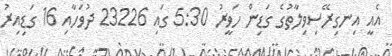
އެއީ އިނގިރޭސިވިލާތުގެ ގަޑިން ހަވީރު 5:30 ގައި 23226 ދުވަހާއި 16 ގަޑިއިރު